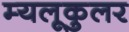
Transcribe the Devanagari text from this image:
म्यलूकुलर